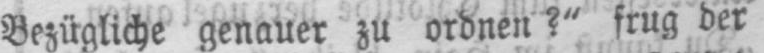
Bezügliche genauer zu ordnen?“ frug der